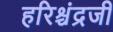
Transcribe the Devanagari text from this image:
हरिश्चंद्रजी